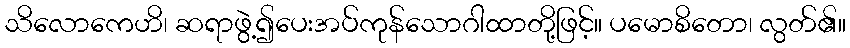
သိလောကေဟိ၊ ဆရာဖွဲ့၍ပေးအပ်ကုန်သောဂါထာတို့ဖြင့်။ ပမောစိတော၊ လွတ်၏။